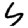
Digit: 4